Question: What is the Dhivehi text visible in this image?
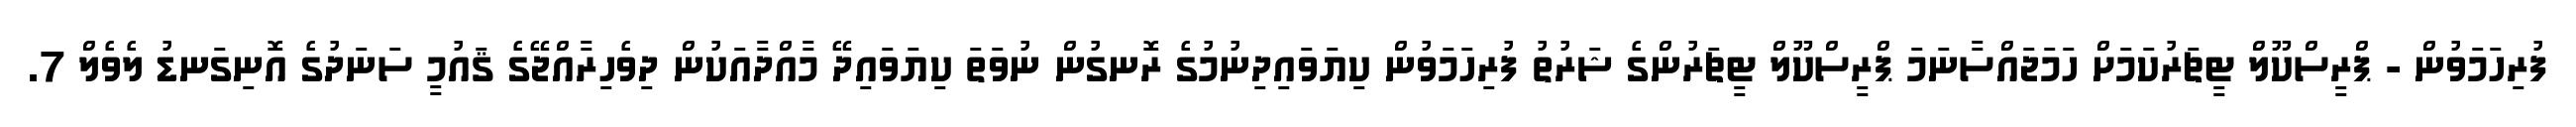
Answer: ފުރިހަމަވުން - ޕްރީސްކޫލް ޓީޗަރުކަމަށް ހަމަޖައްސާނަމަ ޕްރީސްކޫލް ޓީޗަރުންގެ ޝަރުތު ފުރިހަމަވުން ކިޔަވައިދިނުމުގެ ރޮނގުން ނުވަތަ ކިޔަވައިދޭ މާއްދާއަކުން ދިވެހިރާއްޖޭގެ ޤައުމީ ސަނަދުގެ އޮނިގަނޑު ލެވެލް 7.